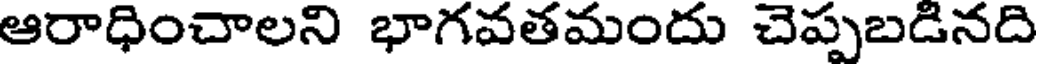
ఆరాధించాలని భాగవతమందు చెప్పబడినది